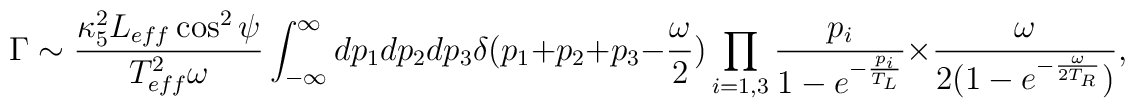
\Gamma \sim \frac{\kappa_{5}^2 L_{eff} \cos^2 \psi}{T_{eff}^2  \omega} \int^{\infty}_{-\infty} dp_{1} dp_{2} dp_{3} \delta(p_{1} + p_{2} +  p_{3} - \frac{\omega}{2}) \prod_{i=1,3} \frac{p_{i}}{1 -  e^{-\frac{p_{i}}{T_{L}}} } \times \frac{\omega}{2( 1 - e^{-  \frac{\omega}{2 T_{R}}})},